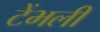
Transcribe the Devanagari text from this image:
टेंभली